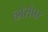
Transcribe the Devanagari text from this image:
छोरोंपर